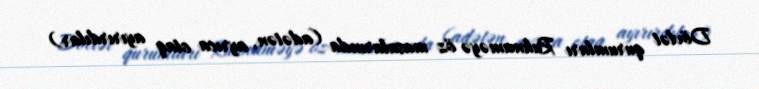
Dövlət qurumları Ruhnaməyə öz masalarında (adətən, ayrıca otaq ayırırdılar)